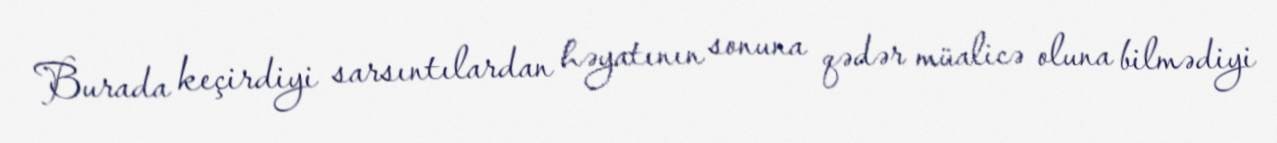
Burada keçirdiyi sarsıntılardan həyatının sonuna qədər müalicə oluna bilmədiyi